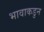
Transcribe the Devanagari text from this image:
भावाकडुन